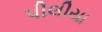
પીલીયા